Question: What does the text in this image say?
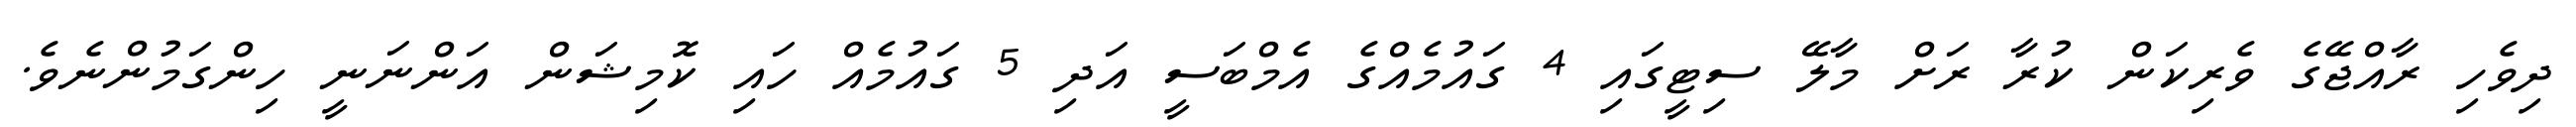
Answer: ދިވެހި ރާއްޖޭގެ ވެރިކަން ކުރާ ރަށް މާލޭ ސިޓީގައި 4 ގައުމެއްގެ އެމްބަސީ އަދި 5 ގައުމެއް ހައި ކޮމިޝަން އަންނަނީ ހިންގަމުންނެވެ.